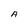
Character: A